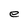
Character: e